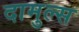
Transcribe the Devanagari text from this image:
दामुल्स